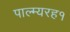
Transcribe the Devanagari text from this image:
पाल्म्यरह१